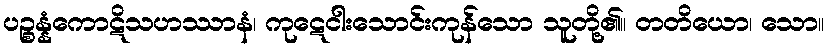
ပဉ္စန္နံကောဋိသဟဿာနံ၊ ကုဋေငါးသောင်းကုန်သော သူတို့၏။ တတိယော၊ သော။